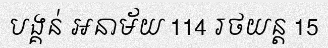
បង្គន់ អនាម័យ 114 រថយន្ត 15